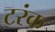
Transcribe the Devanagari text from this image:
टरंक